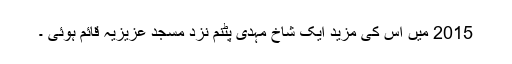
2015 میں اس کی مزید ایک شاخ مہدی پٹنم نزد مسجد عزیزیہ قائم ہوئی ۔